system: You are a helpful assistant.
user:
Analyze the provided spectrum to determine if it is a **"Cataclysmic Variables (CV)"**.

- **Key Indicators for CV (Check for either state):**
    - **State 1: Quiescent / Low-State (Emission-Dominated)**
        - **(Primary):** Strong and *very broad* Hydrogen Balmer emission lines (e.g., $H\alpha$ at 6563 Å, $H\beta$ at 4861 Å). The 'broadness' (high velocity dispersion, often FWHM > 1000 km/s) is the key diagnostic, indicating a high-velocity accretion disk.
        - **(Secondary):** Broad neutral Helium (He I) emission lines (e.g., 5876 Å, 6678 Å).
        - **(Key Confirmation):** Presence of high-excitation *ionized* Helium (He II) emission at 4686 Å. This is a strong indicator of accretion onto a white dwarf.
        - **(Line Profile):** Emission lines may exhibit a 'double-peaked' profile, which is a classic signature of a rotating accretion disk viewed at high inclination.

    - **State 2: Outburst / High-State (Absorption-Dominated)**
        - **(Primary):** Spectrum is dominated by a bright, blue continuum (looks like a hot star).
        - **(Secondary):** The emission lines from State 1 are weak, absent, or 'filled in', and are replaced by broad, shallow *absorption* lines (primarily Balmer and He I).
        - **(Morphology):** The overall spectrum mimics a hot B/A-type star. The crucial difference is that the absorption lines are significantly broader, shallower, and more 'washed-out' (or 'smeared') than the sharp lines of a normal stellar photosphere, due to high rotational speeds and pressure broadening in the disk.

Think first, call **spectral_visualization_tool** if needed to examine features in detail, then provide your final answer. Your response must adhere to the following strict rules:
1.  **Overall Structure:** Your response must follow the format `<think>...</think> <tool_call>...</tool_call> (if a tool is used) <answer>...</answer>`.
2.  **Tool Usage Constraint:** You may only make **one** tool call per turn.
3.  **Final Answer Format:** In the `<answer>` tag, your conclusion must be inside a `\boxed{}` command (e.g., `\boxed{YES}`), followed by your justification.

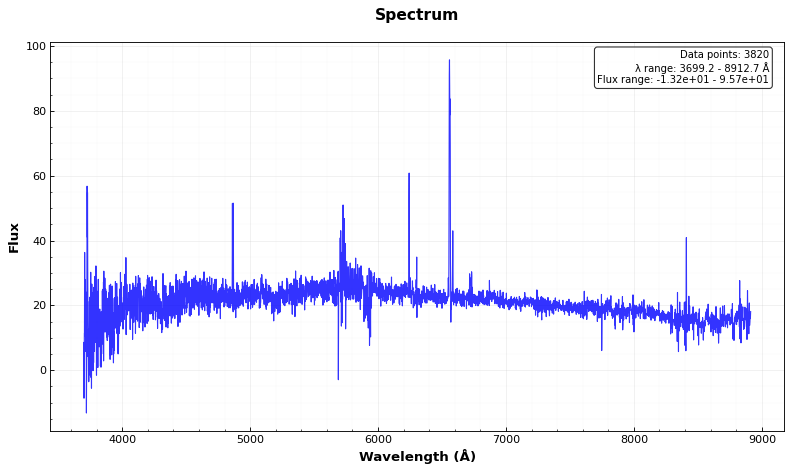
Answer: NO